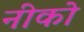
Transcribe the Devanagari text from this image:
नीको